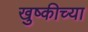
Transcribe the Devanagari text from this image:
खुष्कीच्या